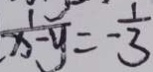
\frac { 1 } { x - y } = \frac { 1 } { - 3 }